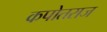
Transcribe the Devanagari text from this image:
कपोतराज